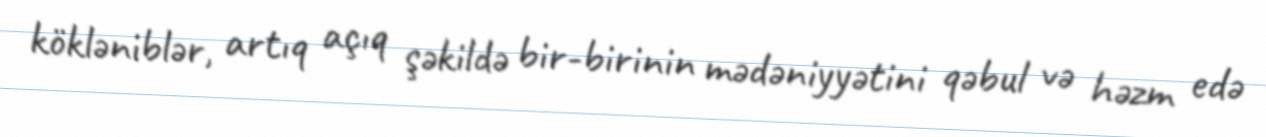
kökləniblər, artıq açıq şəkildə bir-birinin mədəniyyətini qəbul və həzm edə